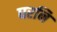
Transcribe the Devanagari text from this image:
घरनि